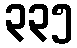
၃၃၅